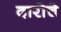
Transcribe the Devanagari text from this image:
दारोचे